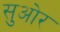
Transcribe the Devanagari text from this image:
सुओर